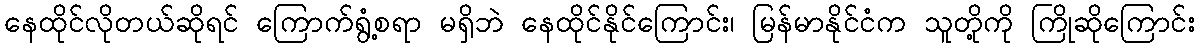
နေထိုင်လိုတယ်ဆိုရင် ကြောက်ရွံ့စရာ မရှိဘဲ နေထိုင်နိုင်ကြောင်း၊ မြန်မာနိုင်ငံက သူတို့ကို ကြိုဆိုကြောင်း